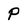
Character: P